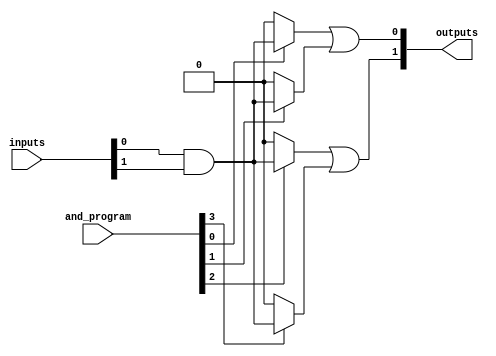
module GPAL #(
    parameter NUM_INPUTS = 3,   // Number of inputs (A, B, C, etc.)
    parameter NUM_AND_GATES = 4, // Number of programmable AND gates
    parameter NUM_OR_GATES = 2    // Number of fixed OR gates
)(
    input wire [NUM_INPUTS-1:0] inputs, // Input lines (A, B, C, etc.)
    input wire [NUM_AND_GATES-1:0] and_program, // Programming signals for AND gates
    output wire [NUM_OR_GATES-1:0] outputs // Output lines (F1, F2, etc.)
);

// Internal wires for AND gate outputs
wire [NUM_AND_GATES-1:0] and_outputs;

// Programmable AND array
genvar i;
generate
    for (i = 0; i < NUM_AND_GATES; i = i + 1) begin : and_gate
        // Each AND gate can be programmed based on the and_program input
        assign and_outputs[i] = and_program[i] ? (inputs[0] & inputs[1]) : 1'b0; // Example logic
    end
endgenerate

// Fixed OR array
assign outputs[0] = and_outputs[0] | and_outputs[1]; // OR gate 1
assign outputs[1] = and_outputs[2] | and_outputs[3]; // OR gate 2

endmodule